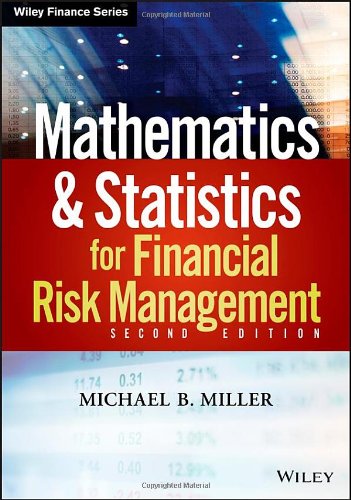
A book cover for Mathematics and Statistics for Financial Risk Management; Michael B. Miller; Business & Money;